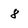
Character: 8